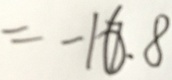
= - 1 6 . 8